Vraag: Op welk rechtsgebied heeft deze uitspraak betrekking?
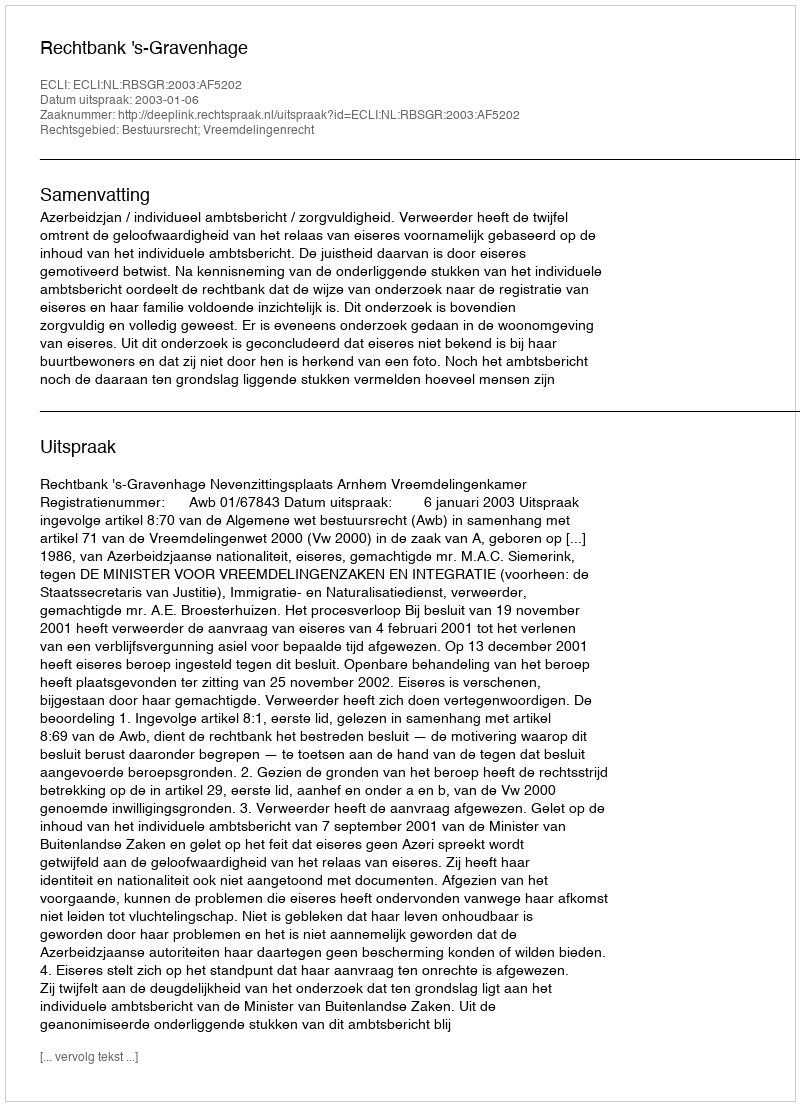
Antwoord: Bestuursrecht; Vreemdelingenrecht